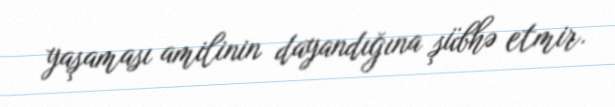
yaşaması amilinin dayandığına şübhə etmir.